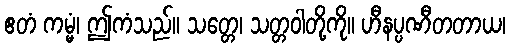
ဧတံ ကမ္မံ၊ ဤကံသည်။ သတ္တေ၊ သတ္တဝါတို့ကို။ ဟီနပ္ပဏီတတာယ၊